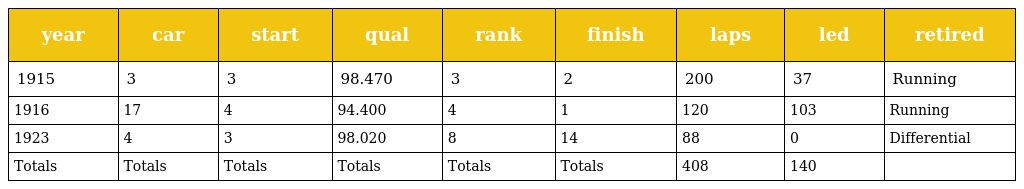
| year | car | start | qual | rank | finish | laps | led | retired |
 | --- | --- | --- | --- | --- | --- | --- | --- | --- |
 | 1915 | 3 | 3 | 98.470 | 3 | 2 | 200 | 37 | Running |
 | 1916 | 17 | 4 | 94.400 | 4 | 1 | 120 | 103 | Running |
 | 1923 | 4 | 3 | 98.020 | 8 | 14 | 88 | 0 | Differential |
 | Totals | Totals | Totals | Totals | Totals | Totals | 408 | 140 |  |